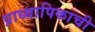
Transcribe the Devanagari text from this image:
प्राध्यापिकाची